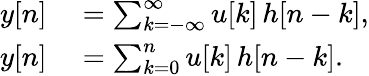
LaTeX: \begin{array}{rl}{y[n]}&{{}=\sum_{k=-\infty}^{\infty}u[k]\, h[n-k],}\\ {y[n]}&{{}=\sum_{k=0}^{n}u[k]\, h[n-k].}\end{array}